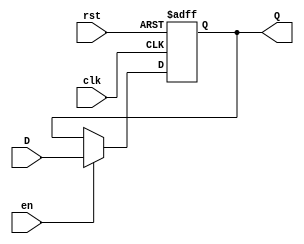
`ifndef reg6144_H
`define reg6144_H
module reg6144(
	input clk,
	input rst,
	input en,
	input [6143:0] D,
	output reg  [6143:0] Q);
	
//	reg [6143:0] Q;
	initial begin
		Q <= 6144'b0;
	end
	always@(posedge clk or posedge rst) begin
		if (rst) begin
			Q <= 6144'b0;
		end
		else begin
			Q <= en?D:Q;
		end
	end
	
endmodule
`endif